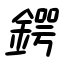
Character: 鍔